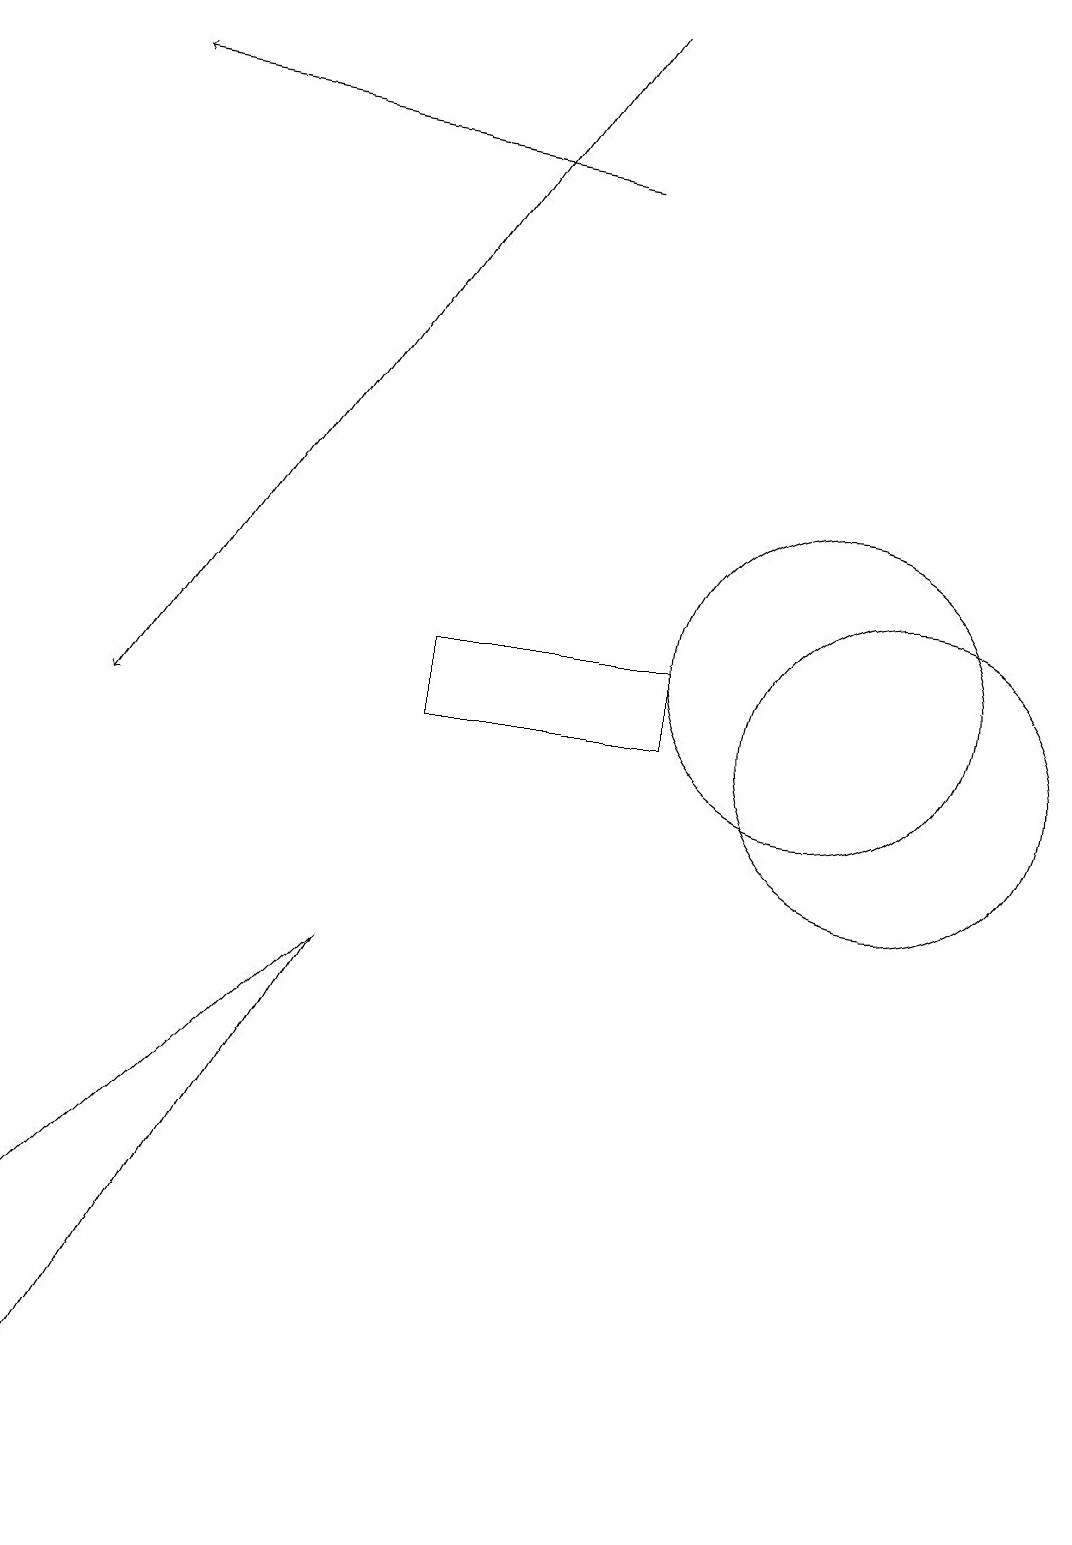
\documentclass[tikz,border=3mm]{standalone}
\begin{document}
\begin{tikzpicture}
\draw (1,3) -- (1,0) -- (5,7) -- cycle;
\draw (11,11) circle (2);
\draw[->] (8,17) -- (2,18);
\draw (6,11) rectangle (9,10);
\draw (12,10) circle (2);
\draw[->] (8,19) -- (2,10);
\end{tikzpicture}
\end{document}